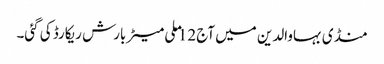
منڈی بہاوالدین میں آج 12 ملی میٹر بارش ریکارڈ کی گئی۔